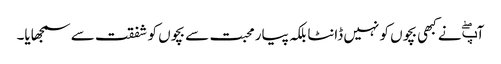
آپۖ نے کبھی بچوں کو نہیں ڈانٹا بلکہ پیار محبت سے بچوں کو شفقت سے سمجھایا۔